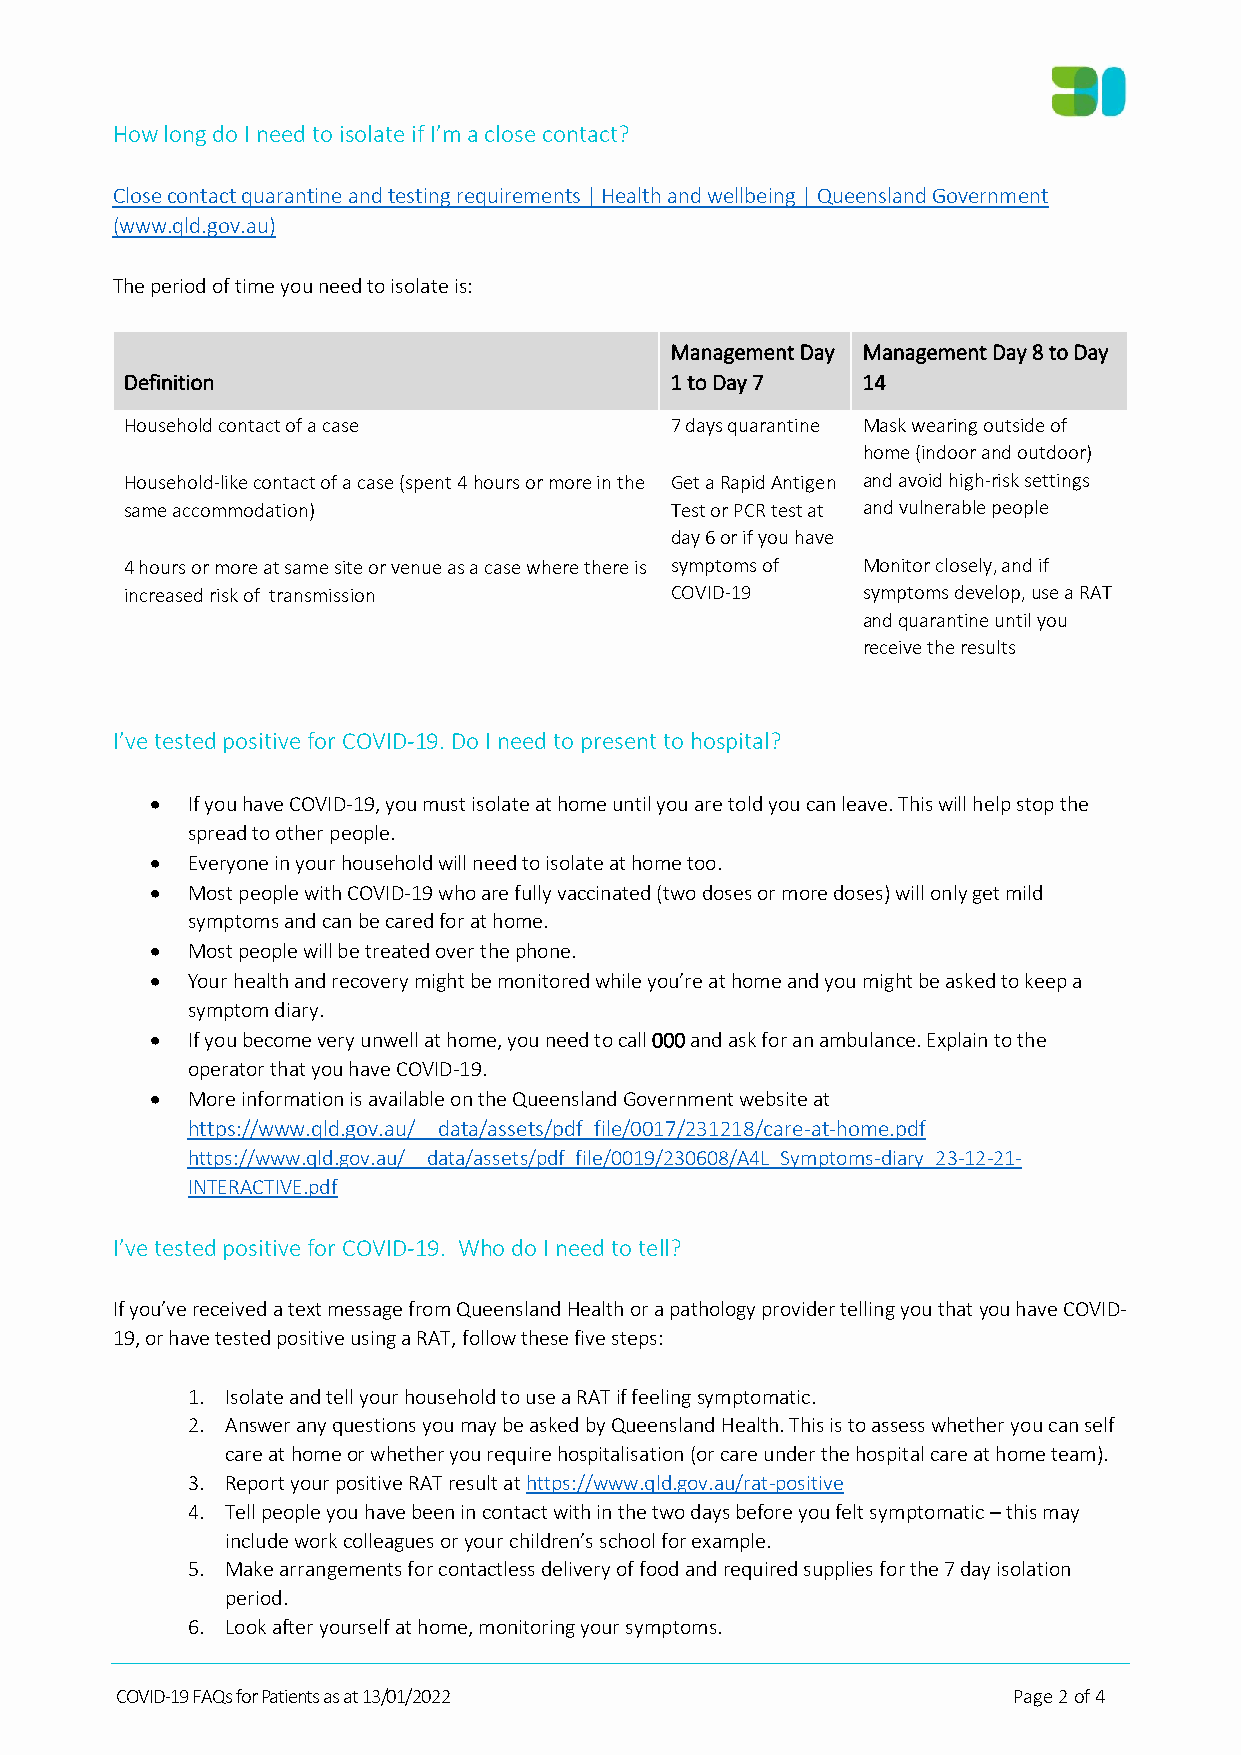
How long do I need to isolate if I’m a close contact?
 Close contact quarantine and testing requirements | Health and wellbeing | Queensland Government
 (www.qld.gov.au)
 The period of time you need to isolate is:
 Management Day Management Day 8 to Day
 Definition                          1 to Day 7   14
 Household contact of a case         7 days quarantine Mask wearing outside of
 home (indoor and outdoor)
 Household-like contact of a case (spent 4 hours or more in the Get a Rapid Antigen and avoid high-risk settings
 same accommodation)                 Test or PCR test at and vulnerable people
 day 6 or if you have
 4 hours or more at same site or venue as a case where there is symptoms of Monitor closely, and if
 increased risk of transmission      COVID-19     symptoms develop, use a RAT
 and quarantine until you
 receive the results
 I’ve tested positive for COVID-19. Do I need to present to hospital?
 • If you have COVID-19, you must isolate at home until you are told you can leave. This will help stop the
 spread to other people.
 • Everyone in your household will need to isolate at home too.
 • Most people with COVID-19 who are fully vaccinated (two doses or more doses) will only get mild
 symptoms and can be cared for at home.
 • Most people will be treated over the phone.
 • Your health and recovery might be monitored while you’re at home and you might be asked to keep a
 symptom diary.
 • If you become very unwell at home, you need to call 000 and ask for an ambulance. Explain to the
 operator that you have COVID-19.
 • More information is available on the Queensland Government website at
 https://www.qld.gov.au/__data/assets/pdf_file/0017/231218/care-at-home.pdf
 https://www.qld.gov.au/__data/assets/pdf_file/0019/230608/A4L_Symptoms-diary_23-12-21-
 INTERACTIVE.pdf
 I’ve tested positive for COVID-19. Who do I need to tell?
 If you’ve received a text message from Queensland Health or a pathology provider telling you that you have COVID-
 19, or have tested positive using a RAT, follow these five steps:
 1. Isolate and tell your household to use a RAT if feeling symptomatic.
 2. Answer any questions you may be asked by Queensland Health. This is to assess whether you can self
 care at home or whether you require hospitalisation (or care under the hospital care at home team).
 3. Report your positive RAT result at https://www.qld.gov.au/rat-positive
 4. Tell people you have been in contact with in the two days before you felt symptomatic – this may
 include work colleagues or your children’s school for example.
 5. Make arrangements for contactless delivery of food and required supplies for the 7 day isolation
 period.
 6. Look after yourself at home, monitoring your symptoms.
 COVID-19 FAQs for Patients as at 13/01/2022                Page 2 of 4